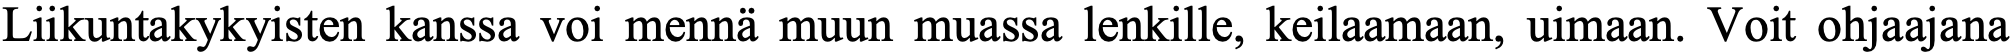
Liikuntakykyisten kanssa voi mennä muun muassa lenkille, keilaamaan, uimaan. Voit ohjaajana